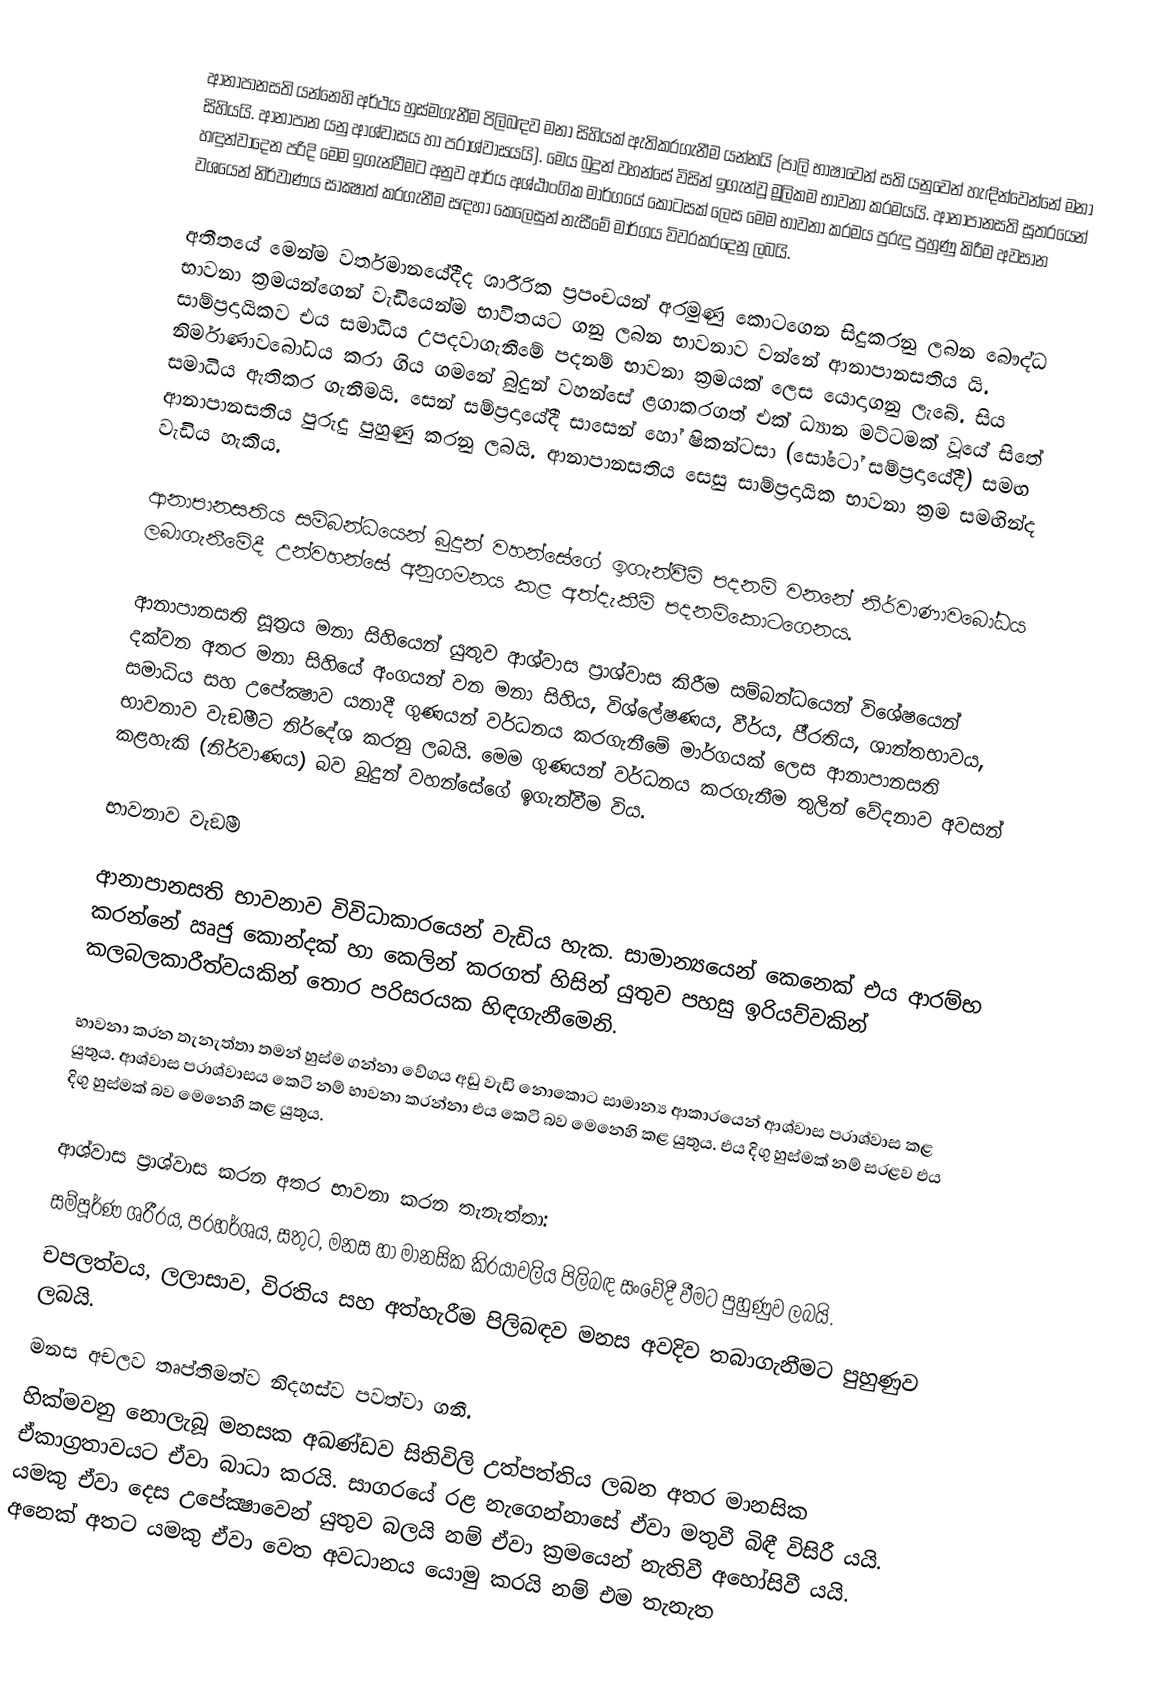
ආනාපානසති යන්නෙහි අර්ථය හුස්මගැනීම පිලිබඳව මනා සිහියක් ඇතිකරගැනීම යන්නයි (පාලි භාෂාවෙන් සති යනුවෙන් හැඳින්වෙන්නේ මනා සිහියයි. ආනාපාන යනු ආශ්වාසය හා ප‍්‍රාශ්වාසයයි). මෙය බුදුන් වහන්සේ විසින් ඉගැන්වූ මූලිකම භාවනා ක‍්‍රමයයි. ආනාපානසති සූත‍්‍රයෙන් හඳුන්වාදෙන පරිදි මෙම ඉගැන්වීමට අනුව ආර්ය අශ්ඨාංගික මාර්ගයේ කොටසක් ලෙස මෙම භාවනා ක‍්‍රමය පුරුදු පුහුණු කිරීම අවසාන වශයෙන් නිර්වාණය සාක්‍ෂාත් කරගැනීම සඳහා කෙලෙසුන් නැසීමේ මාර්ගය විවරකරදෙනු ලබයි.

අතීතයේ මෙන්ම වර්තමානයේදීද ශාරීරික ප‍්‍රපංචයන් අරමුණු කොටගෙන සිදුකරනු ලබන බෞද්ධ භාවනා ක‍්‍රමයන්ගෙන් වැඩියෙන්ම භාවිතයට ගනු ලබන භාවනාව වන්නේ ආනාපානසතිය යි. සාම්ප‍්‍රදායිකව එය සමාධිය උපදවාගැනීමේ පදනම් භාවනා ක‍්‍රමයක් ලෙස යොදාගනු ලැබේ. සිය නිර්මාණාවබෝධය කරා ගිය ගමනේ බුදුන් වහන්සේ ළගාකරගත් එක් ධ්‍යාන මට්ටමක් වූයේ සිතේ සමාධිය ඇතිකර ගැනීමයි. සෙන් සම්ප‍්‍රදායේදී සාසෙන් හෝ ෂිකන්ටසා (සෝටෝ සම්ප‍්‍රදායේදී) සමඟ ආනාපානසතිය පුරුදු පුහුණු කරනු ලබයි. ආනාපානසතිය සෙසු සාම්ප‍්‍රදායික භාවනා ක‍්‍රම සමඟින්ද වැඩිය හැකිය.

ආනාපානසතිය සම්බන්ධයෙන් බුදුන් වහන්සේගේ ඉගැන්වීම් පදනම් වනනේ නිර්වාණාවබෝධය ලබාගැනීමේදී උන්වහන්සේ  අනුගමනය කළ අත්දැකීම් පදනම්කොටගෙනය.

ආනාපානසති සූත‍්‍රය මනා සිහියෙන් යුතුව ආශ්වාස ප‍්‍රාශ්වාස කිරීම සම්බන්ධයෙන් විශේෂයෙන් දක්වන අතර මනා සිහියේ අංගයන් වන මනා සිහිය, විශ්ලේෂණය, වීර්ය,  පී‍්‍රතිය, ශාන්තභාවය, සමාධිය සහ උපේක්‍ෂාව යනාදී ගුණයන් වර්ධනය කරගැනීමේ මාර්ගයක් ලෙස ආනාපානසති භාවනාව වැඞීමට නිර්දේශ කරනු ලබයි. මෙම ගුණයන් වර්ධනය කරගැනීම තුලින් වේදනාව අවසන් කළහැකි (නිර්වාණය) බව බුදුන් වහන්සේගේ ඉගැන්වීම විය.

භාවනාව වැඞීම

ආනාපානසති භාවනාව විවිධාකාරයෙන් වැඩිය හැක. සාමාන්‍යයෙන් කෙනෙක් එය ආරම්භ කරන්නේ ඍජු කොන්දක් හා කෙලින් කරගත් හිසින් යුතුව පහසු ඉරියව්වකින් කලබලකාරීත්වයකින් තොර පරිසරයක හිඳගැනීමෙනි.

භාවනා කරන තැනැත්තා තමන් හුස්ම ගන්නා වේගය අඩු වැඩි නොකොට සාමාන්‍ය ආකාරයෙන් ආශ්වාස ප‍්‍රාශ්වාස කළ යුතුය. ආශ්වාස ප‍්‍රාශ්වාසය කෙටි නම් භාවනා කරන්නා එය කෙටි බව මෙනෙහි කළ යුතුය. එය දිගු හුස්මක් නම් සරළව එය දිගු හුස්මක් බව මෙනෙහි කළ යුතුය.

ආශ්වාස ප‍්‍රාශ්වාස කරන අතර භාවනා කරන තැනැත්තා:
සම්පූර්ණ ශරීරය, ප‍්‍රහර්ශය, සතුට, මනස හා මානසික කි‍්‍රයාවලිය පිලිබඳ සංවේදී වීමට පුහුණුව ලබයි.
චපලත්වය, ලලාසාව, විරතිය සහ අත්හැරීම පිලිබඳව මනස අවදිව තබාගැනීමට පුහුණුව ලබයි.
මනස අචලව තෘප්තිමත්ව නිදහස්ව පවත්වා ගනී.
හික්මවනු නොලැබූ මනසක අඛණ්ඩව සිතිවිලි උත්පත්තිය ලබන අතර මානසික ඒකාග‍්‍රතාවයට ඒවා බාධා කරයි. සාගරයේ රළ නැගෙන්නාසේ ඒවා මතුවී බිඳී විසිරී යයි. යමකු ඒවා දෙස උපේක්‍ෂාවෙන් යුතුව බලයි නම් ඒවා ක‍්‍රමයෙන් නැතිවී අහෝසිවී යයි. අනෙක් අතට යමකු ඒවා වෙත අවධානය යොමු කරයි නම් එම තැනැත